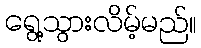
ရွေ့သွားလိမ့်မည်။